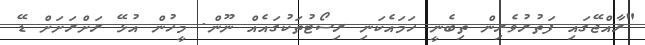
"ރާއްޖޭގައި ފަތުރުވެރިން ތިބެނީ ހަމައެކަނި ރިސޯޓުތަކުގައެއް ނޫން. މީހުން އުޅޭ ރަށްރަށަށް ޑޭ